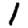
Digit: 1